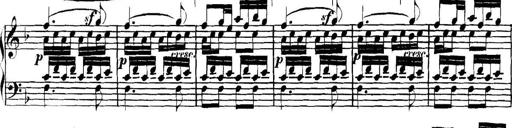
Title: Collected Piano Sonatas
Composer: Muzio Clementi